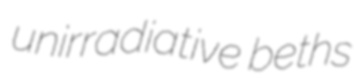
unirradiative beths